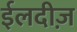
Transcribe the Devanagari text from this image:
ईलदीज़